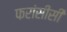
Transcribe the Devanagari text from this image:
फरांसीसी